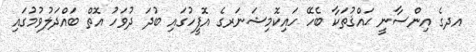
އދގެ އިންސާނީ ޙައްޤުތަކާ ބެހޭ ހައިކޮމިޝަނަރގެ އޮފީހުގައި ބުދަ ދުވަހު އޮތް ބައްދަލުވުމުގައި